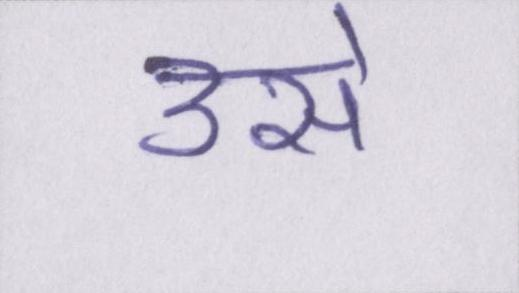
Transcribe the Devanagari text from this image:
उसे